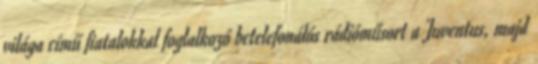
világa című fiatalokkal foglalkozó betelefonálós rádióműsort a Juventus, majd